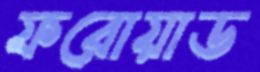
ফরোয়াড